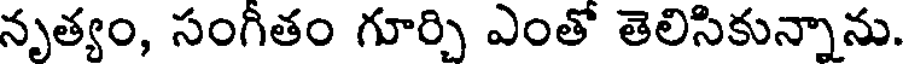
నృత్యం, సంగితం గూర్చి ఎంతో తెలిసికున్నాను.